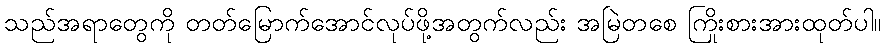
သည်အရာတွေကို တတ်မြောက်အောင်လုပ်ဖို့အတွက်လည်း အမြဲတစေ ကြိုးစားအားထုတ်ပါ။